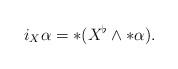
LaTeX: \begin{align*} i_{X}\alpha=\ast(X^{\flat}\wedge\ast\alpha).\end{align*}